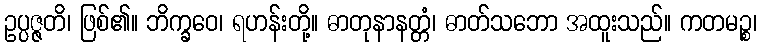
ဥပ္ပဇ္ဇတိ၊ ဖြစ်၏။ ဘိက္ခဝေ၊ ရဟန်းတို့။ ဓာတုနာနတ္တံ၊ ဓာတ်သဘော အထူးသည်။ ကတမဉ္စ၊